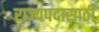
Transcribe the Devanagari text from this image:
राज्यपदासाठी